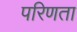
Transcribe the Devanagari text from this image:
परिणता